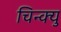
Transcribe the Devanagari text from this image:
चिन्क्यु